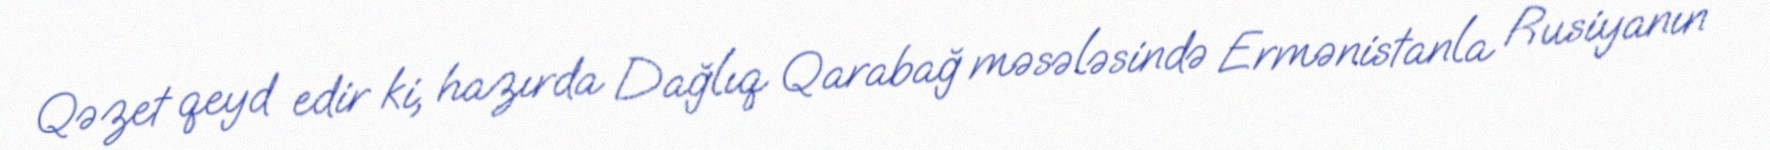
Qəzet qeyd edir ki, hazırda Dağlıq Qarabağ məsələsində Ermənistanla Rusiyanın